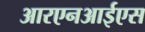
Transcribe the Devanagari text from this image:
आरएनआईएस